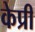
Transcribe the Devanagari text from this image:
केप्री